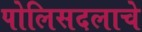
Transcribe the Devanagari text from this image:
पोलिसदलाचे